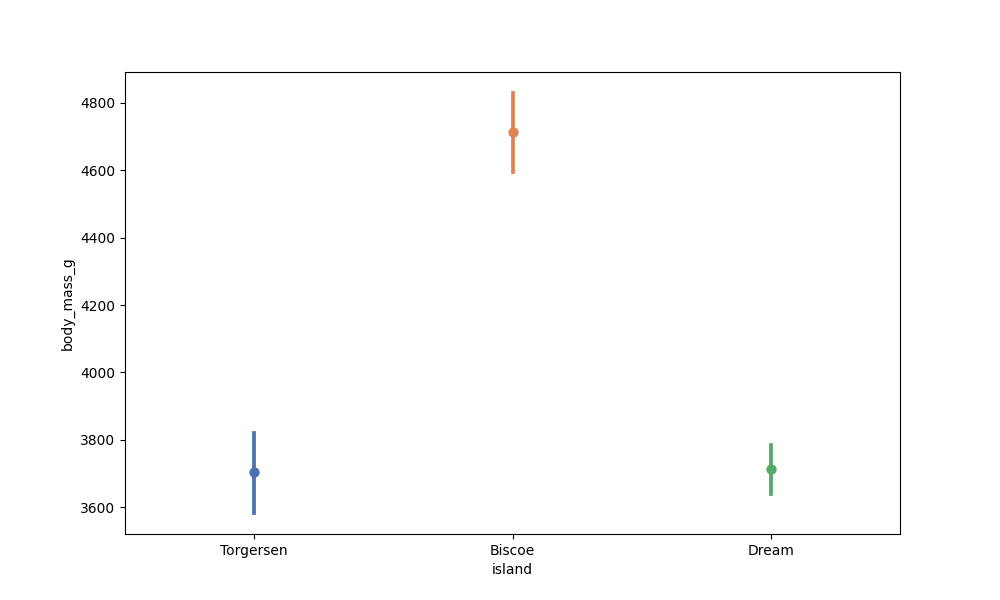
python, seaborn, pointplot, scale=1.0, join=False, hue='None', palette='deep'